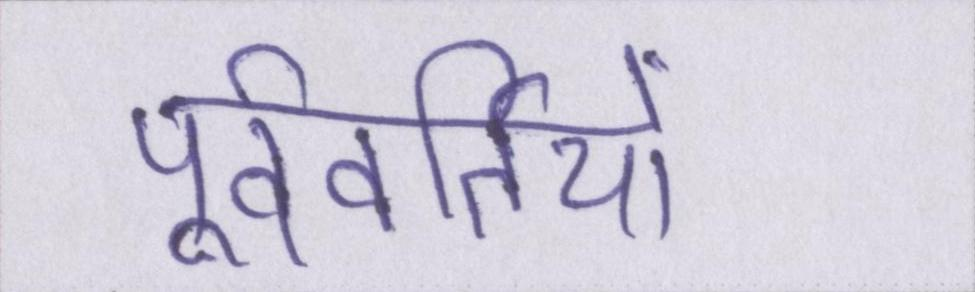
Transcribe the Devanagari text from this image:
पूर्ववर्तियों